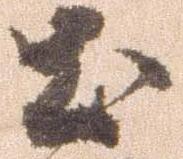
土